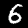
Label: 6